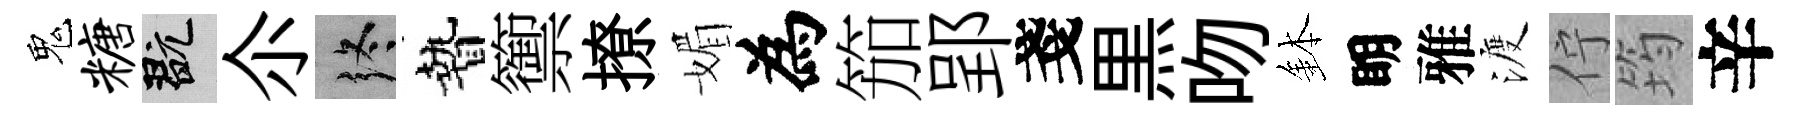
鬼糖玩尒终贄籞撩媚為笳郢戔黒吻鉢眀雅渡佇筠辛